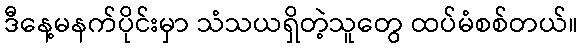
ဒီနေ့မနက်ပိုင်းမှာ သံသယရှိတဲ့သူတွေ ထပ်မံစစ်တယ်။